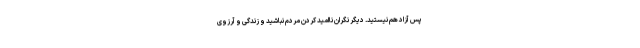
پس آزاد هم نیستید. دیگر نگران ناامید کردن مردم نباشید و زندگی و آرزوی